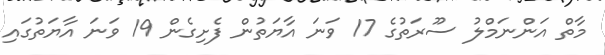
މާތް އަންނަމްލު ސޫރަތުގެ 17 ވަނަ އާޔަތުން ފެށިގެން 19 ވަނަ އާޔަތުގައި